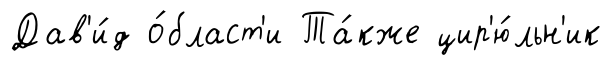
Дав'и́д о́бласт'и Та́кже цир'ю́льн'ик